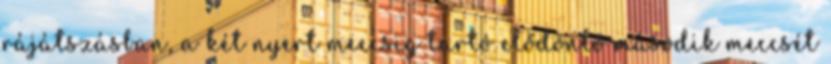
rájátszásban, a két nyert meccsig tartó elődöntő második meccsét